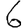
Digit: 6